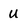
Character: U